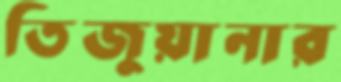
তিজুয়ানার